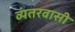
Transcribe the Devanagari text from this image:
व्यंतरवासी